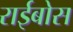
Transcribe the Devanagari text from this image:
राईबोस